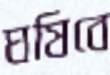
ঘষিবে